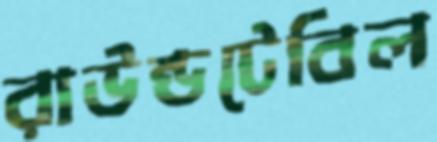
রাউন্ডটেবিল